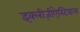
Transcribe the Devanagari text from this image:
इक्लीज़ीऐस्टिकल